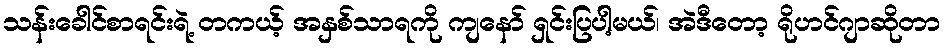
သန်းခေါင်စာရင်းရဲ့ တကယ့် အနှစ်သာရကို ကျနော် ရှင်းပြပါ့မယ်၊ အဲဒီတော့ ရိုဟင်ဂျာဆိုတာ